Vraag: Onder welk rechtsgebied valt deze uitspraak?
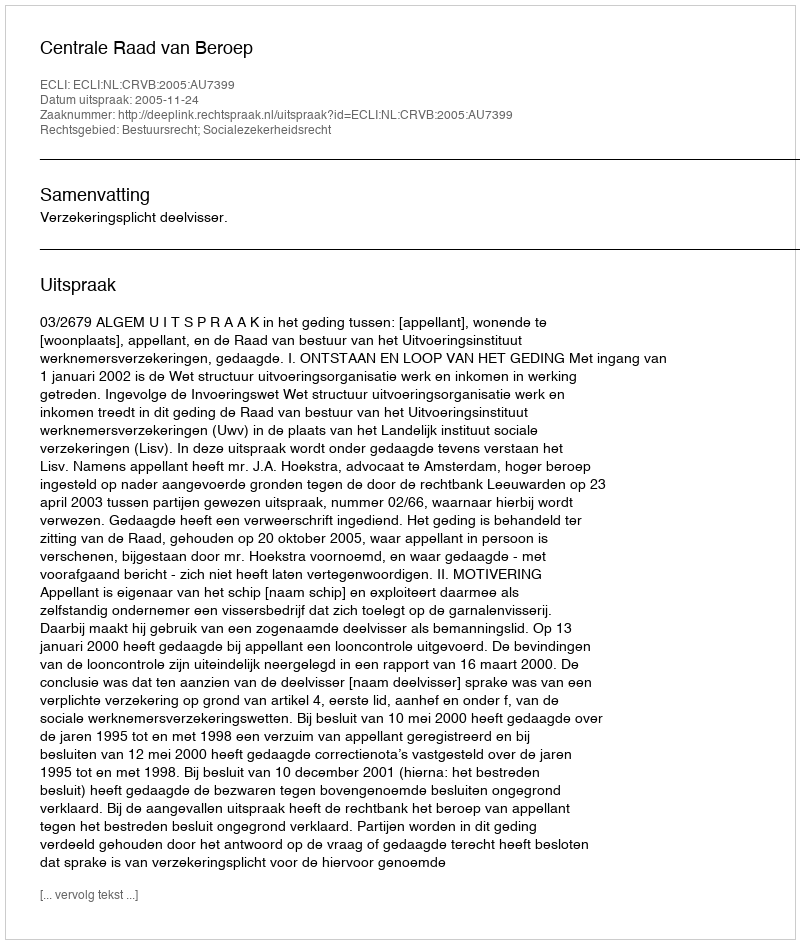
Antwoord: Bestuursrecht; Socialezekerheidsrecht